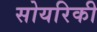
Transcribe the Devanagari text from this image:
सोयरिकी